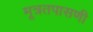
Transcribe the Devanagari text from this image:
मूत्रतपासणी